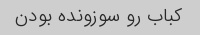
کباب رو سوزونده بودن